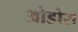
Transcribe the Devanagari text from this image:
ओडोरा